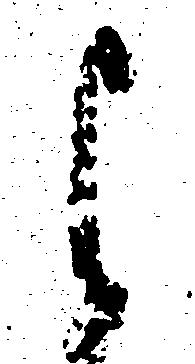
よ